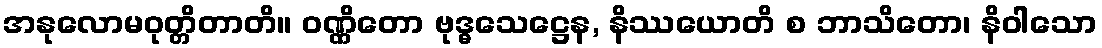
အနုလောမဝုတ္တိတာတိ။ ဝဏ္ဏိတော ဗုဒ္ဓသေဋ္ဌေန, နိဿယောတိ စ ဘာသိတော၊ နိဝါသော